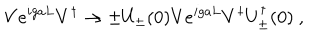
V e ^ { i g a L } V ^ { \dagger } \to \pm U _ { \pm } ( 0 ) V e ^ { i g a L } V ^ { \dagger } U _ { \pm } ^ { \dagger } ( 0 ) \ ,